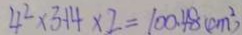
4 ^ { 2 } \times 3 . 1 4 \times 2 = 1 0 0 . 4 8 ( c m ^ { 2 } )